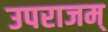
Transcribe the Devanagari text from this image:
उपराजम्